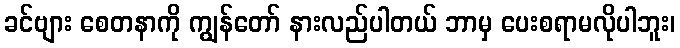
ခင်ဗျား စေတနာကို ကျွန်တော် နားလည်ပါတယ် ဘာမှ ပေးစရာမလိုပါဘူး၊